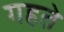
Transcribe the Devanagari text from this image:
गहते